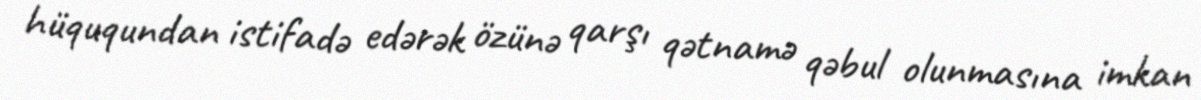
hüququndan istifadə edərək özünə qarşı qətnamə qəbul olunmasına imkan